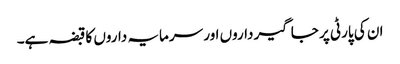
ان کی پارٹی پر جاگیر داروں اور سرمایہ داروں کا قبضہ ہے۔